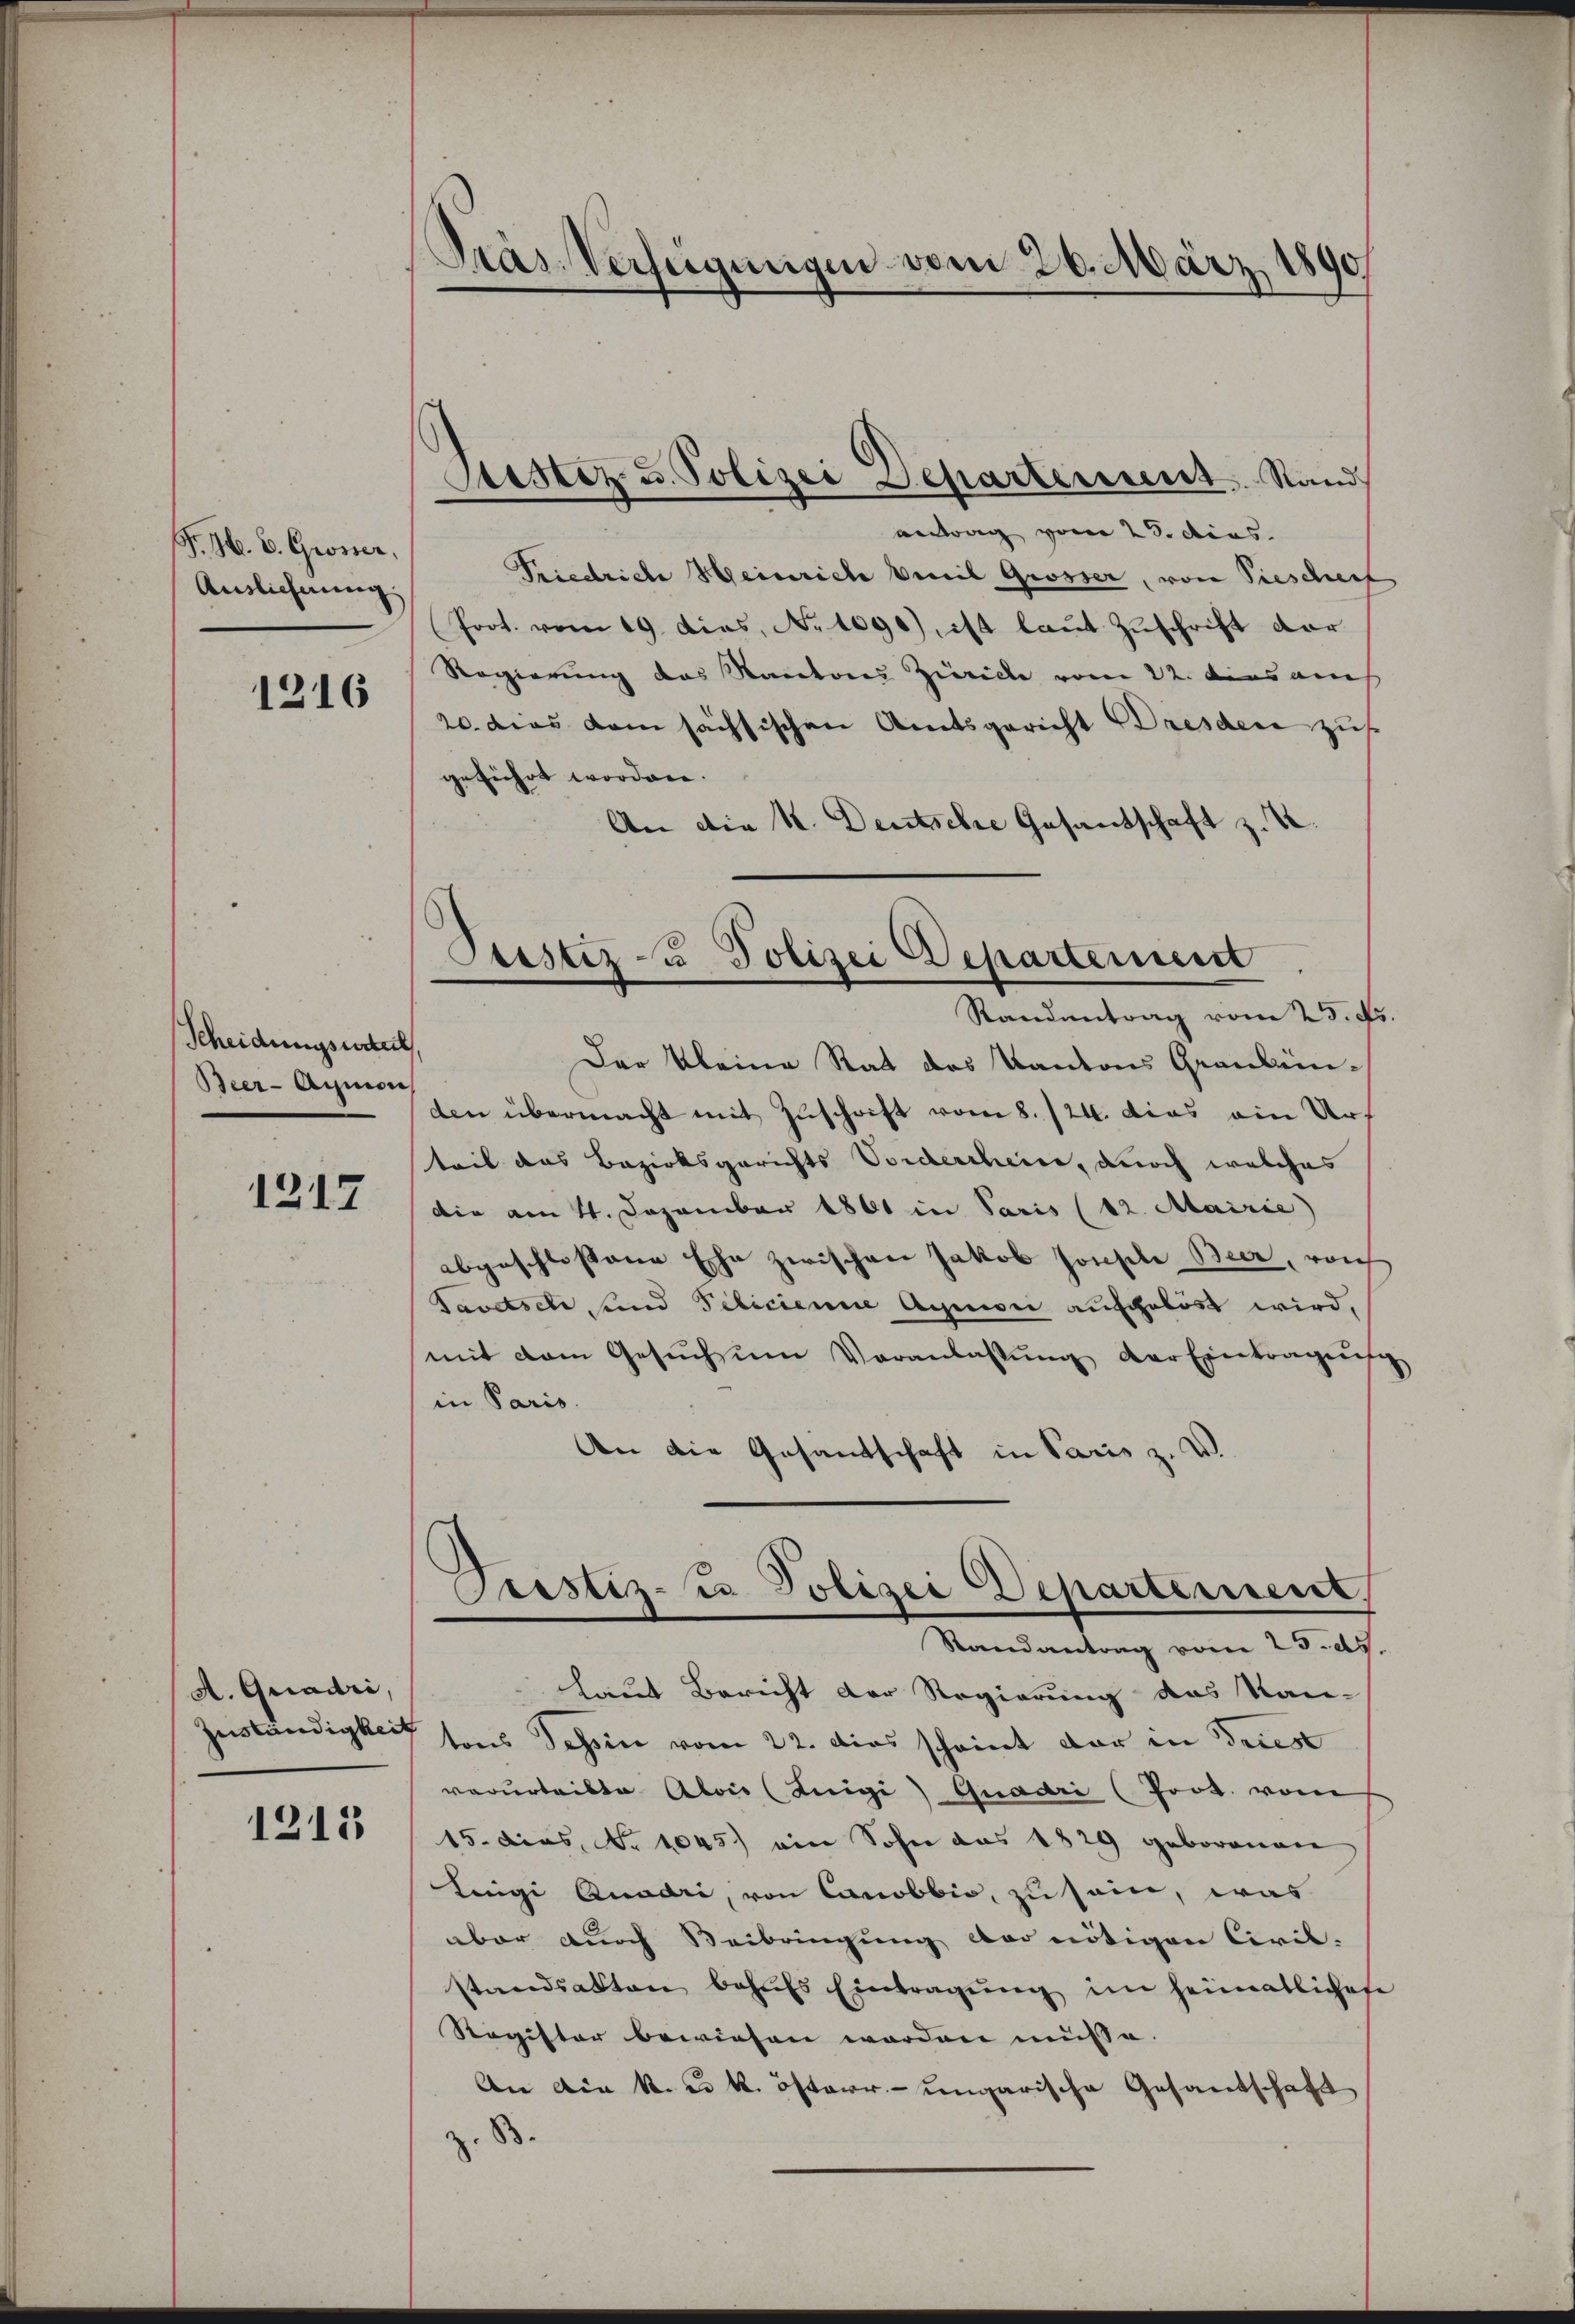
P. H. E. Grosser,
Auslieferung

1216

Scheidungsurteil
Beer-Aymon

1217

A. Quadri,

1213

Pras Verfügungen vom 26. März 1890

Setter u. Polizei Departement. Stand

Seester zu Polizei Departement
Randantrag vom 25. ds

antrag vom 23. dies
Priedriche Heinriche Veil Grösser, von Siescherf
Prot. vom 19. dies, No 1090), ist laut Zuschrift dar
Regierung das Kantores Zürich vom 22. dies auch
20. dies dem sächsischen Amtsgericht Dresden zus
geführt worden.
An die K. Deutsche Gesandschaft z. B.
Der Kleine Rat des Kantons Graubünden übermacht mit Zuschrift vom 8. 124. dies ein Urteil das Bezirksgerichts Vorderchein, durch welches
die am 11. Dezember 1861 in Paris (12. Mairie)
abgeschlossene Ehe zwischen Jakob Joseph Bier, von
Tavatsch, und Pelicienne Aquiii aufgelöst wird,
mit dem Gesŭch ŭm Veranlassŭng der Eintrages
in Paris.
An die Gesandschaft in Paris z. W.
Justiz- u Polizei Departerrent,
Randantrag vom 25. ds.
laut Bericht der Regierung des Kan-
Zuständigkeit sons Tessin vom 22. dies scheint der in Tries
verurteilte Alois (Luigi) Quadri (Poot. vom
15. dies, Nr. 1045) ein Sohn aus 1829 geborenen
Lieigi Quadri, von Canobbio, zu sein, was
aber durch Beibringung der nötigen Civil-
standsakten behufs Eintragung im Heimatlichete
Register bewiesen worden müsse.
An die k. u. k. österr.-ungarische Gesandschaft
z. B.